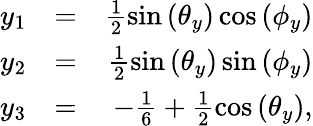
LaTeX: \begin{array}{rlr}{y_{1}}&{=}&{\frac{1}{2}\sin\left(\theta_{y}\right)\cos\left(\phi_{y}\right)}\\ {y_{2}}&{=}&{\frac{1}{2}\sin\left(\theta_{y}\right)\sin\left(\phi_{y}\right)}\\ {y_{3}}&{=}&{-\frac{1}{6}+\frac{1}{2}\cos\left(\theta_{y}\right),}\end{array}